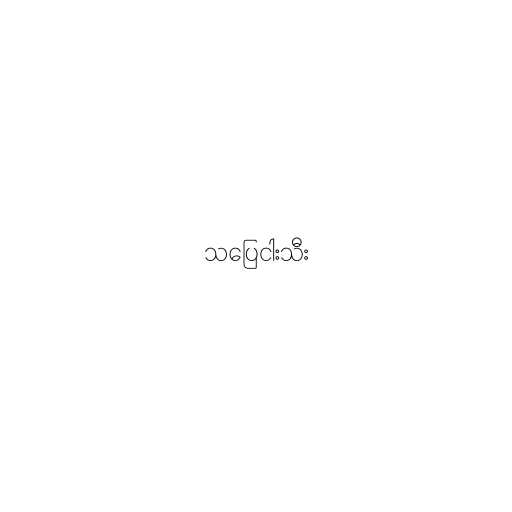
သပြေငါးသီး